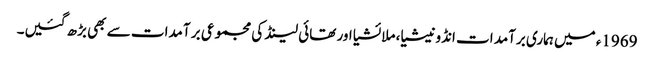
1969ء میں ہماری برآمد ات انڈونیشیا، ملائشیا اور تھائی لینڈ کی مجموعی بر آمدات سے بھی بڑھ گئیں۔